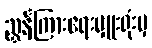
ညွှန်ကြားရေးမှူးရုံးမှ